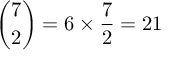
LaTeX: { \binom { 7 } { 2 } } = 6 \times { \frac { 7 } { 2 } } = 2 1